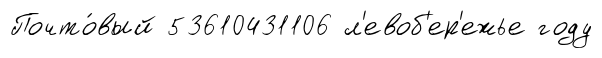
Почто́вый 53610431106 л'евоб'ер'ежье году